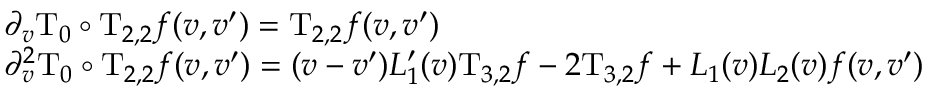
\begin{array} { r l } & { \partial _ { v } \mathrm { T } _ { 0 } \circ \mathrm { T } _ { 2 , 2 } f ( v , v ^ { \prime } ) = \mathrm { T } _ { 2 , 2 } f ( v , v ^ { \prime } ) } \\ & { \partial _ { v } ^ { 2 } \mathrm { T } _ { 0 } \circ \mathrm { T } _ { 2 , 2 } f ( v , v ^ { \prime } ) = ( v - v ^ { \prime } ) L _ { 1 } ^ { \prime } ( v ) \mathrm { T } _ { 3 , 2 } f - 2 \mathrm { T } _ { 3 , 2 } f + L _ { 1 } ( v ) L _ { 2 } ( v ) f ( v , v ^ { \prime } ) } \end{array}